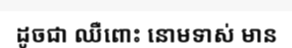
ដូចជា ឈឺពោះ នោមទាស់ មាន